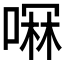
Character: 𫫋